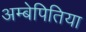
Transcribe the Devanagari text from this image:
अम्बेपितिया